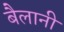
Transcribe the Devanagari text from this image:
बैलानी